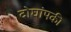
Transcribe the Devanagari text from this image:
दोघांपकी